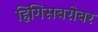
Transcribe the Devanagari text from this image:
हिंगिसबरोबर